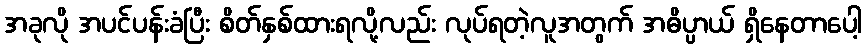
အခုလို အပင်ပန်းခံပြီး စိတ်နှစ်ထားရလို့လည်း လုပ်ရတဲ့လူအတွက် အဓိပ္ပာယ် ရှိနေတာပေါ့